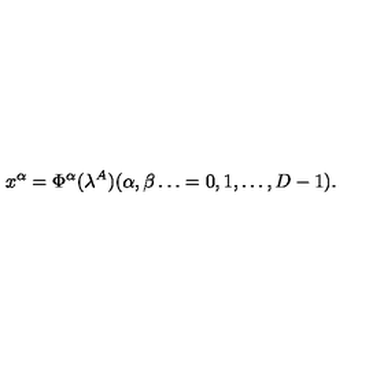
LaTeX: x ^ { \alpha } = \Phi ^ { \alpha } ( \lambda ^ { A } ) ( \alpha , \beta \dots = 0 , 1 , \dots , D - 1 ) .